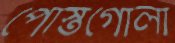
পোস্তগোলা